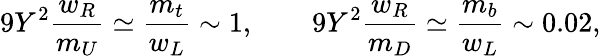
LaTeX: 9Y^{2}{\frac{w_{R}}{m_{U}}}\simeq{\frac{m_{t}}{w_{L}}}\sim 1,\qquad 9Y^{2}{\frac{w_{R}}{m_{D}}}\simeq{\frac{m_{b}}{w_{L}}}\sim 0.02,